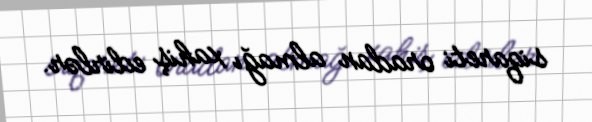
siqareti oradan almağı xahiş edirlər.